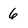
Character: 6